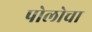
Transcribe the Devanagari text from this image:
पोलोचा